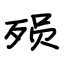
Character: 殒